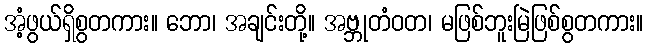
အံ့ဖွယ်ရှိစွတကား။ ဘော၊ အချင်းတို့။ အဗ္ဘုတံဝတ၊ မဖြစ်ဘူးမြဲဖြစ်စွတကား။